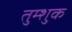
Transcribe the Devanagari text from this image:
तुम्शुक